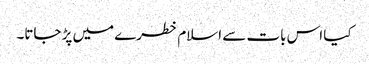
کیا اس بات سے اسلام خطرے میں پڑ جاتا۔